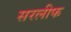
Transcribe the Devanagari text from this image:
सरलीफ